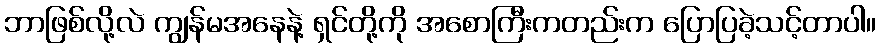
ဘာဖြစ်လို့လဲ ကျွန်မအနေနဲ့ ရှင်တို့ကို အစောကြီးကတည်းက ပြောပြခဲ့သင့်တာပါ။